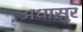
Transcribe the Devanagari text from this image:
अधासुर